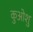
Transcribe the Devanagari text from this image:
कुओशु